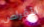
الأقراص